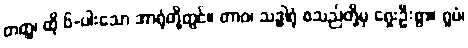
တတ္ထ၊ ထို ၆-ပါးသော အာရုံတို့တွင်။ တာဝ၊ သဒ္ဓါရုံ စသည်တို့မှ ရှေးဦးစွာ။ ရူပံ၊